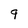
Character: q